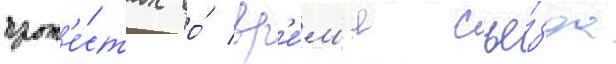
прот'е́стах во́ вр'е́м'я съе́зда